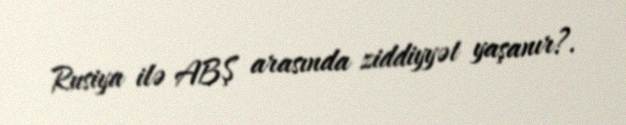
Rusiya ilə ABŞ arasında ziddiyyət yaşanır?.